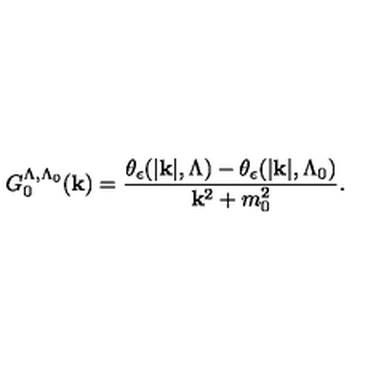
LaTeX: G _ { 0 } ^ { \Lambda , \Lambda _ { 0 } } ( { \bf { k } } ) = \frac { \theta _ { \epsilon } ( | { \bf { k } } | , \Lambda ) - \theta _ { \epsilon } ( | { \bf { k } } | , \Lambda _ { 0 } ) } { { \bf { k } } ^ { 2 } + m _ { 0 } ^ { 2 } } .